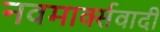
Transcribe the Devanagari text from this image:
नवमार्क्सवादी